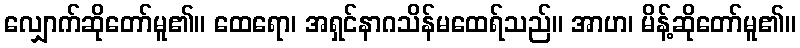
လျှောက်ဆိုတော်မူ၏။ ထေရော၊ အရှင်နာဂသိန်မထေရ်သည်။ အာဟ၊ မိန့်ဆိုတော်မူ၏။